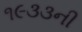
૧૯૩૩ની